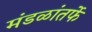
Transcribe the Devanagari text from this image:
मंडळांतर्फे